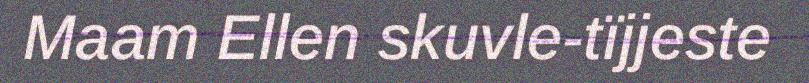
Maam Ellen skuvle-tïjjeste